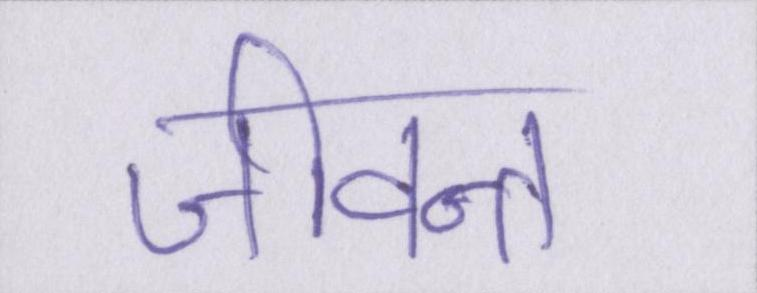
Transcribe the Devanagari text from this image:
जीवन्त